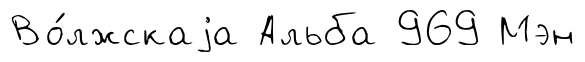
Во́лжскаjа Альба 969 Мэн